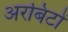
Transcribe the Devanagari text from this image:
अरबिटों